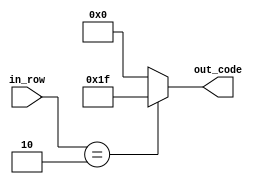
module bresta(
	 input [2:0] in_row,
    output reg [4:0] out_code
    );

parameter [4:0] d_1 = 5'b11111; // XXXXX


always @ *
begin
	if (in_row == 3'b010)
		out_code = d_1;
	else
		out_code = 5'b0;
end

endmodule